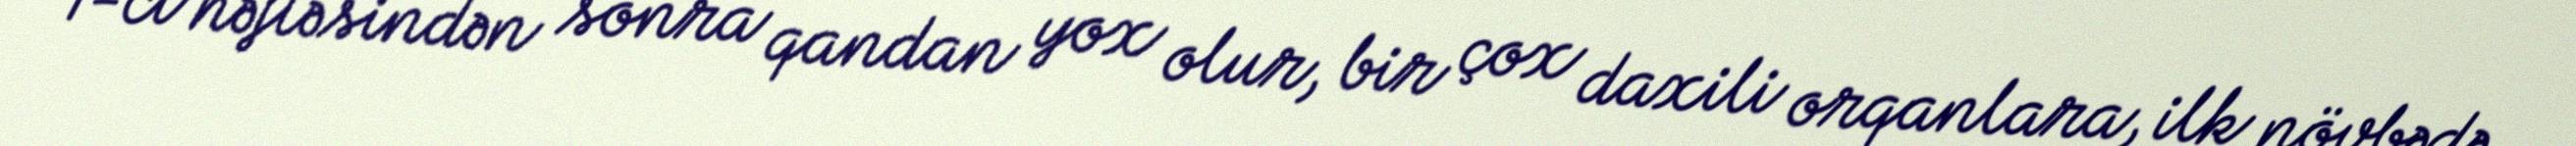
1-ci həftəsindən sonra qandan yox olur, bir çox daxili orqanlara, ilk növbədə